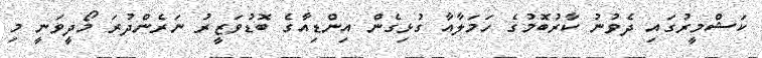
ކަޝްމީރުގައި ދެވުނު ކާރުބޮމުގެ ހަމަލާއާ ގުޅިގެން އިންޑިއާގެ ބޮޑުވަޒީރު ނަރެންދުރަ މޯދީވަނީ މި